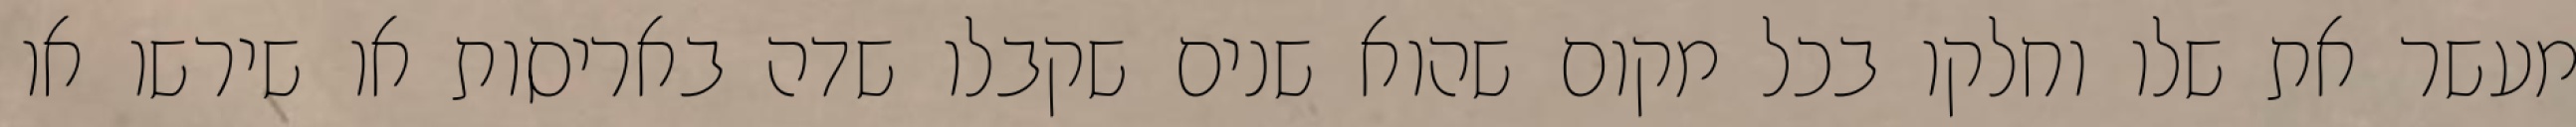
מעשר את שלו וחלקו בכל מקום שהוא שנים שקבלו שדה באריסות או שירשו או